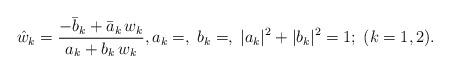
LaTeX: \begin{align*}\hat w_k = \frac{-\bar b_k +\bar a_k\,w_k}{a_k+b_k\,w_k},a_k=, \; b_k=,\; |a_k|^2+|b_k|^2=1; \; (k=1,2).\end{align*}